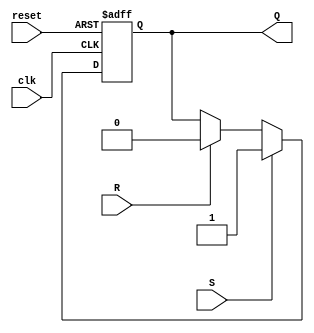
`timescale 1ns / 1ps
//***************************************************************//
//                                                               //
// Created by       Jesus Franco                                 //
// Copyright  2020 Jesus Franco on 09/23/2020 01:01:30 PM       //
//                                                               //
//                                                               //
// In submitting this file for class work at CSULB               //
// I am confirming that this is my work and the work             //
// of no one else. In submitting this code I acknowledge that    //
// plagiarism in student project work is subject to dismissal.   //
// from the class                                                //
// Dependencies:                                                 //
//***************************************************************//

module SR_FF(
    input clk,      // 100MHz clock
    input reset,    // Asynchronous reset with synchronous de-assertion    
    input S,        // SET input for the SR flop
    input R,        // RESET input for the SR flop
    output reg Q    // Output for SR flip flop
    );
    
    // Sequential logic
    always@(posedge clk, posedge reset)
        if (reset)      // If reset
            Q <= 1'b0;  // Q <= 0
        else if (S)     // else if S
            Q <= 1'b1;  // Q <= 1
        else if (R)     // else if R
            Q <= 1'b0;  // R <= 0
        else            // else
            Q <= Q;     // Q <= Q
    
endmodule